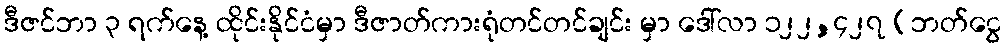
ဒီဇင်ဘာ ၃ ရက်နေ့ ထိုင်းနိုင်ငံမှာ ဒီဇာတ်ကားရုံတင်တင်ချင်း မှာ ဒေါ်လာ ၁၂၂,၄၂၇ (ဘတ်ငွေ